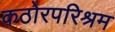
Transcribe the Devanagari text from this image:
कठोरपरिश्रम